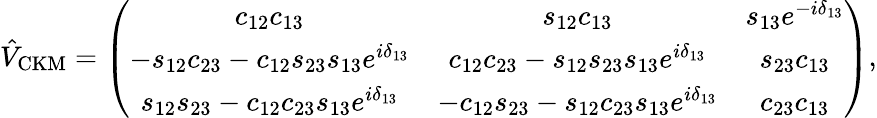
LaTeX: \hat{V}_{\mathrm{CKM}}=\left(\begin{array}{ccc}{{c_{12}c_{13}}}&{{s_{12}c_{13}}}&{{s_{13}e^{-i\delta_{13}}}}\\ {{-s_{12}c_{23}-c_{12}s_{23}s_{13}e^{i\delta_{13}}}}&{{c_{12}c_{23}-s_{12}s_{23}s_{13}e^{i\delta_{13}}}}&{{s_{23}c_{13}}}\\ {{s_{12}s_{23}-c_{12}c_{23}s_{13}e^{i\delta_{13}}}}&{{-c_{12}s_{23}-s_{12}c_{23}s_{13}e^{i\delta_{13}}}}&{{c_{23}c_{13}}}\end{array}\right),